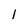
Character: l